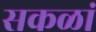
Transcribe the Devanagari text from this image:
सकळां